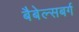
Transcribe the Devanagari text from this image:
बैबेल्सबर्ग